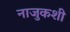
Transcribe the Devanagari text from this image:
नाजुकशी